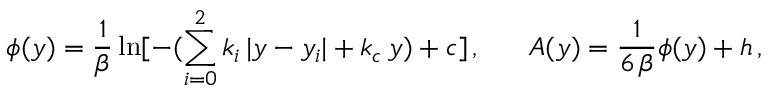
\phi ( y ) = { \frac { 1 } { \beta } } \ln [ { - ( \sum _ { i = 0 } ^ { 2 } k _ { i } \, | y - y _ { i } | + k _ { c } \, y ) + c } ] \, , \ \ \ \ \ A ( y ) = { \frac { 1 } { 6 \, \beta } } \phi ( y ) + h \, ,